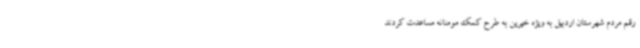
رقم مردم شهرستان اردبیل به ویژه خیرین به طرح کمک مومنانه مساعدت کردند